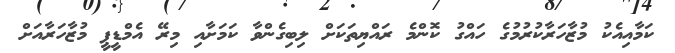
ކަމާއިއެކު މުޒާހަރާކުރުމުގެ ހައްގު ކޮންމެ ރައްޔިތަކަށް ލިބިގެންވާ ކަމަށާއި މިރޭ އެމްޑީޕީ މުޒާހަރާއަށް